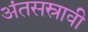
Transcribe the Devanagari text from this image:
अंतसस्रावी